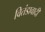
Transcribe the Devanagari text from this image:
वितंडावादी